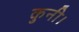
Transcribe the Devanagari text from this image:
कुनी।